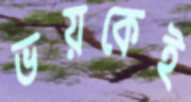
ভয়কেই